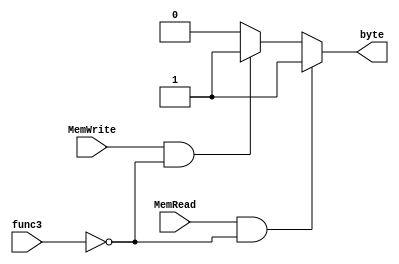
module memory_control (
 input MemRead, MemWrite,
 input [2:0] func3,
 output reg byte
);


always @ (*) begin 
    if(MemRead == 1 & func3 == 3'b000)
        byte = 1;
    else if(MemWrite == 1 & func3 == 3'b000) 
        byte = 1;
    else
        byte = 0;
end


endmodule